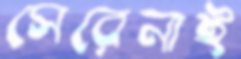
সেরেনাই